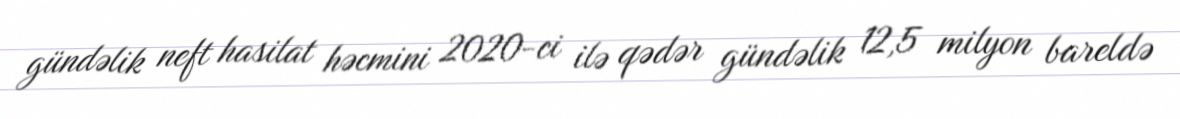
gündəlik neft hasilat həcmini 2020-ci ilə qədər gündəlik 12,5 milyon bareldə